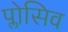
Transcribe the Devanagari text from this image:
प्लोसिव